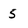
Character: 5